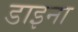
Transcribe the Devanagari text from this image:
डाइना